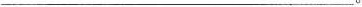
_________________________。